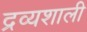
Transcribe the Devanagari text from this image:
द्रव्यशाली